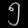
Digit: ၅